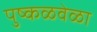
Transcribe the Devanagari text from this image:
पुष्कळवेळा